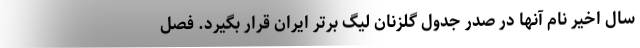
سال اخیر نام آنها در صدر جدول گلزنان لیگ برتر ایران قرار بگیرد. فصل